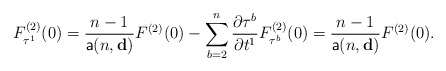
\begin{align*}F_{\tau^1}^{(2)}(0)=\frac{n-1}{\mathsf{a}(n,\mathbf{d})}F^{(2)}(0)-\sum_{b=2}^{n}\frac{\partial \tau^b}{\partial t^1}F_{\tau^b}^{(2)}(0)=\frac{n-1}{\mathsf{a}(n,\mathbf{d})}F^{(2)}(0).\end{align*}